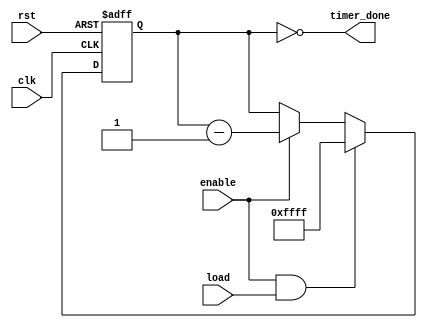
module CountdownTimer (
    input wire clk,
    input wire rst,
    input wire enable,
    input wire load,
    output reg timer_done
);

reg [15:0] counter;

always @(posedge clk or posedge rst)
begin
    if (rst)
        counter <= 16'h0000;
    else if (enable && load)
        counter <= 16'hFFFF;
    else if (enable)
        counter <= counter - 1;
end

assign timer_done = (counter == 16'h0000);

endmodule